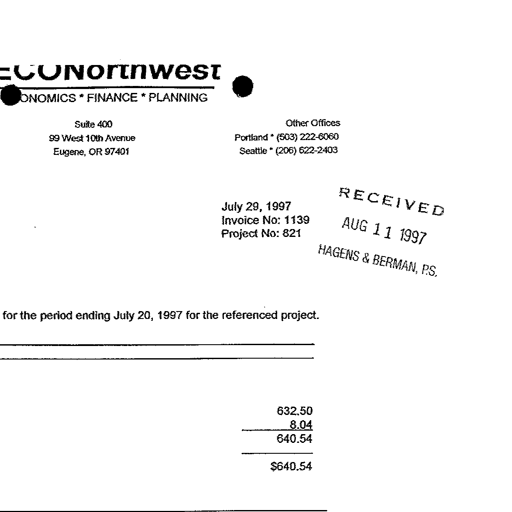
ECONorthwest
ECONOMICS * FINANCE * PLANNING
Suite 400
99 West 10th Avenue
Eugene, OR 97401
Other Offices
Portland * (503) 222-6060
Seattle * (206) 622-2403
RECEIVED
July 29, 1997
Invoice No: 1139
Project No: 821
AUG 11 1997
HAGENS & BERMAN, P.S.
for the period ending July 20, 1997 for the referenced project.
632.50
8.04
640.54
$640.54